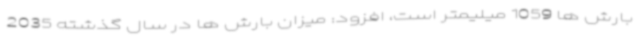
بارش ها 1059 میلیمتر است، افزود: میزان بارش ها در سال گذشته 2035